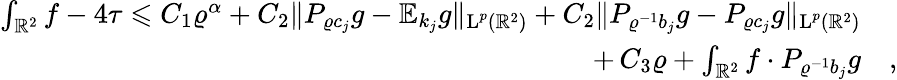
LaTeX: \begin{array}{rl}{\int_{\mathbb{R}^{2}}f-4\tau\leqslant C_{1}\varrho^{\alpha}+C_{2}\| P_{\varrho c_{j}}g-\mathbb{E}_{k_{j}}g\| _{\textup{L}^{p}(\mathbb{R}^{2})}+C_{2}\| P_{\varrho^{-1}b_{j}}g-P_{\varrho c_{j}}g\| _{\textup{L}^{p}(\mathbb{R}^{2})}}&{}\\ {+\, C_{3}\varrho+\int_{\mathbb{R}^{2}}f\cdot P_{\varrho^{-1}b_{j}}g}&{,}\end{array}